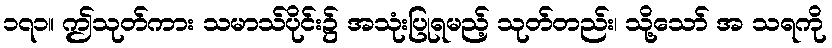
၁၇၁။ ဤသုတ်ကား သမာသ်ပိုင်း၌ အသုံးပြုရမည့် သုတ်တည်း၊ သို့သော် အ သရကို